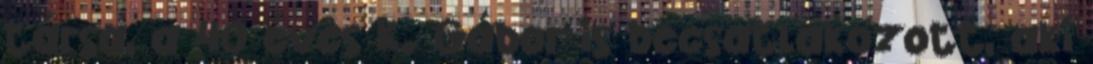
társa, a 40 éves K. Gábor is becsatlakozott, aki